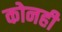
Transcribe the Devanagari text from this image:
कोनही